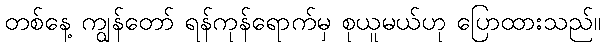
တစ်နေ့ ကျွန်တော် ရန်ကုန်ရောက်မှ စုယူမယ်ဟု ပြောထားသည်။